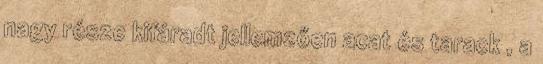
nagy része kifáradt jellemzően acat és tarack , a